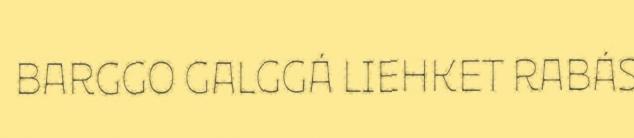
BARGGO GALGGÁ LIEHKET RABÁS